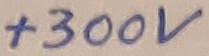
Text: +300V